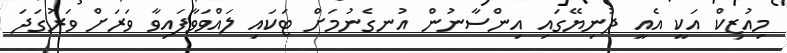
މިއުޒިކް އަކީ އެއީ ދުނިޔޭގައި އިންސާނުން އުނގެނުމަށް ޓަކައި ލައްވަވާފައިވާ ވަރަށް ވަރުގަދަ